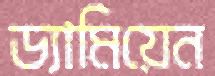
ড্যামিয়েন